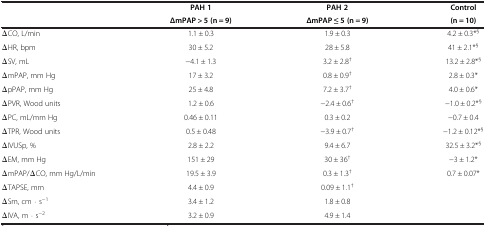
|  | PAH 1 | PAH 2 | Control |
 |  | ΔmPAP > 5 (n = 9) | ΔmPAP ≤ 5 (n = 9) | (n = 10) |
 | --- | --- | --- | --- |
 | ΔCO, L/min | 1.1 ± 0.3 | 1.9 ± 0.3 | 4.2 ± 0.3*§ |
 | ΔHR, bpm | 30 ± 5.2 | 28 ± 5.8 | 41 ± 2.1*§ |
 | ΔSV, mL | -4.1 ± 1.3 | 3.2 ± 2.8† | 13.2 ± 2.8*§ |
 | ΔmPAP, mm Hg | 17 ± 3.2 | 0.8 ± 0.9† | 2.8 ± 0.3* |
 | ΔpPAP, mm Hg | 25 ± 4.8 | 7.2 ± 3.7† | 4.0 ± 0.6* |
 | ΔPVR, Wood units | 1.2 ± 0.6 | -2.4 ± 0.6† | -1.0 ± 0.2*§ |
 | ΔPC, mL/mm Hg | 0.46 ± 0.11 | 0.3 ± 0.2 | -0.7 ± 0.4 |
 | ΔTPR, Wood units | 0.5 ± 0.48 | -3.9 ± 0.7† | -1.2 ± 0.12*§ |
 | ΔIVUSp, % | 2.8 ± 2.2 | 9.4 ± 6.7 | 32.5 ± 3.2*§ |
 | ΔEM, mm Hg | 151 ± 29 | 30 ± 36† | -3 ± 1.2* |
 | ΔmPAP/ΔCO, mm Hg/L/min | 19.5 ± 3.9 | 0.3 ± 1.3† | 0.7 ± 0.07* |
 | ΔTAPSE, mm | 4.4 ± 0.9 | 0.09 ± 1.1† |  |
 | ΔSm, cm ⋅ s-1 | 3.4 ± 1.2 | 1.8 ± 0.8 |  |
 | ΔIVA, m ⋅ s-2 | 3.2 ± 0.9 | 4.9 ± 1.4 |  |